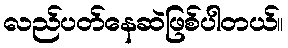
လည်ပတ်နေဆဲဖြစ်ပါတယ်။